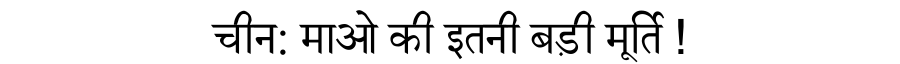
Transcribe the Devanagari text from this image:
चीन: माओ की इतनी बड़ी मूर्ति !